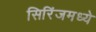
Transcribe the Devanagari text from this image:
सिरिंजमध्ये